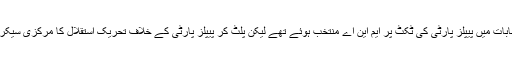
گو کہ مدعی 1970 کے انتخابات میں پیپلز پارٹی کی ٹکٹ پر ایم این اے منتخب ہوئے تھے لیکن پلٹ کر پیپلز پارٹی کے خلاف تحریک استقلال کا مرکزی سیکرٹریٹ چلا نے لگ گئے تھے۔